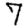
Digit: 7